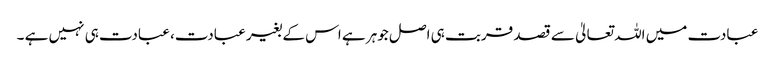
عبادت میں اللہ تعالیٰ سے قصد قربت ہی اصل جوہر ہے اس کے بغیر عبادت، عبادت ہی نہیں ہے ۔